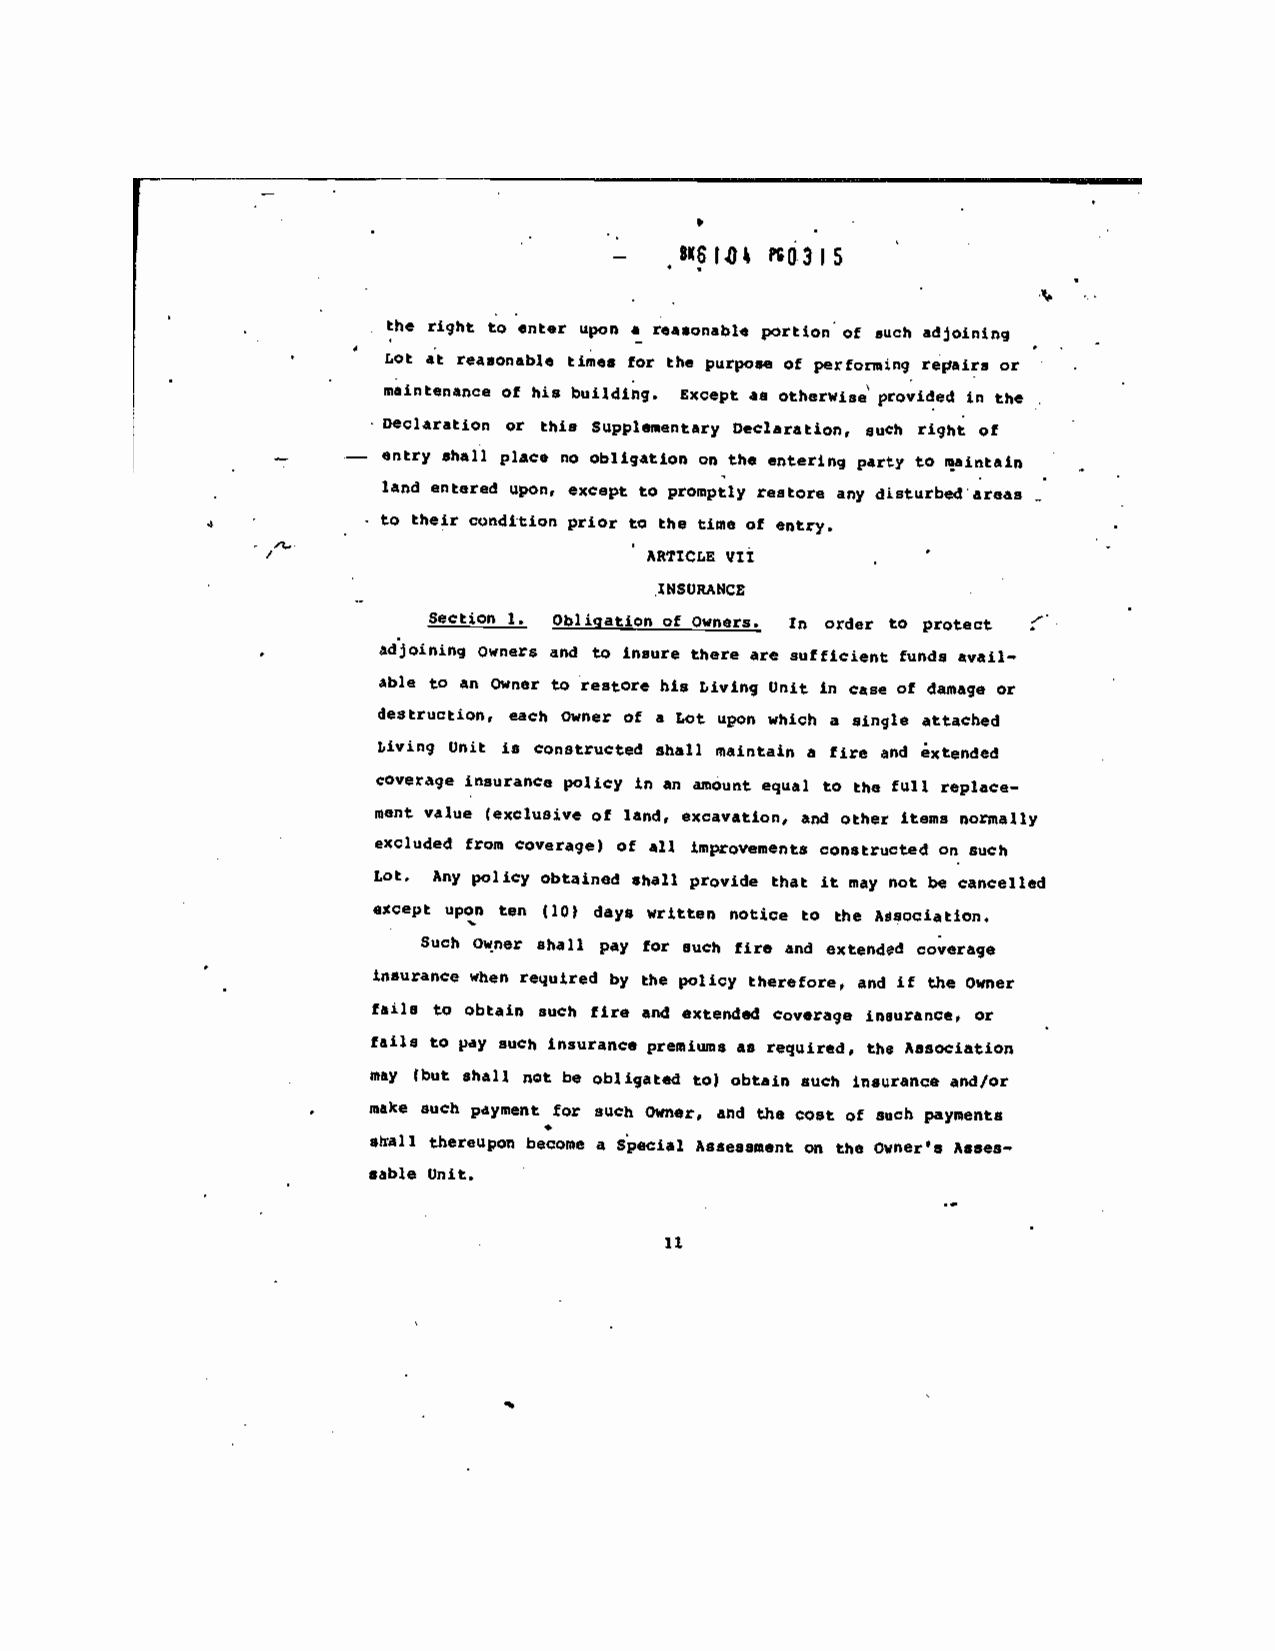
p
 BK6IO* O3IS
 the tight to enter upon a reasonabl,
 portion of such adjoining
 Lot at reasonable times for the purpose of performing repirs or
 maintenance of his building. Except as otherwise' provided in the
 Declaration or this Supplementary Declaration, such right of
 —    — entry shall place no obligation on th, entering party to iaintain
 land entered upon, except to promptly restore any disturbedareas
 - to their condition prior to the time of entry.
 vn
 ARTICLE
 INSURANCE               I
 section i. obligation of Owners. In order to protect
 •       adjoining Owners and to insure there are sufficjei,t funds avail-
 able to an Owner to restore his &iving Unit in case of damage or
 destruction, each owner of a Lot upon which a sinØe attached
 r,iving Unit is constructed shall maintain a tire and Lxtended
 coverage insurance policy in an amount equal to the full
 replace—
 inent value (exclusive of land, excavation1 and other items normally
 excluded from coverage) of all improvements constructed on such
 Lot. Any policy obtained shall provide that it may not be cancelled
 escept upon ten lO days written notice to the Association.
 Such Owner shall pay for ouch fire and extended coverage
 insurance when required by the policy therefore, and if the Owner
 fails to obtain such fire and extended coverage insurance, or
 fails to pay
 such insurance premiums as required, the Association
 may (but shall not be obligated to) obtain such insurance and/Or
 make such payment for such owner, and the cost of such payments
 shall
 thereupon becone a Special Assessment on the Owner's Asses-
 sable
 Unit.
 11